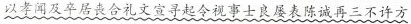
以孝闻及卒居丧合礼文宣寻起令视事士良屡表陈诚再三不许方